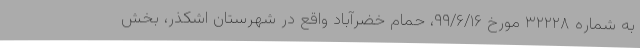
به شماره ۳۲۲۲۸ مورخ ۹۹/۶/۱۶، حمام خضرآباد واقع در شهرستان اشکذر، بخش